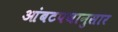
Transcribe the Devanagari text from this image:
आंबटपणानुसार